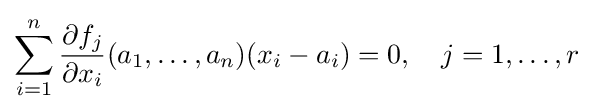
\sum _{i=1}^{n}{\frac {\partial f_{j}}{\partial {x_{i}}}}(a_{1},\dots ,a_{n})(x_{i}-a_{i})=0,\quad j=1,\dots ,r